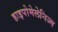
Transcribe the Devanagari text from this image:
हाइपोमेलेनिज्म